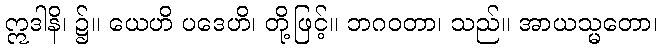
ဣဒါနိ၊ ၌။ ယေဟိ ပဒေဟိ၊ တို့ဖြင့်။ ဘဂဝတာ၊ သည်။ အာယသ္မတော၊